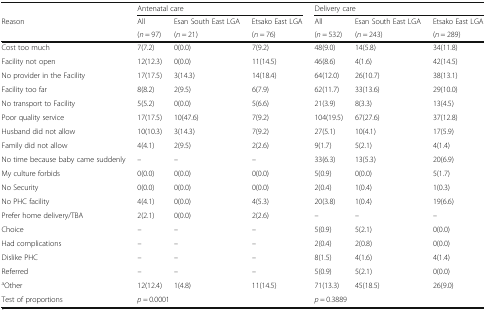
<table><thead><tr><td></td><td colspan="3"><b>Antenatal care</b></td><td colspan="3"><b>Delivery care</b></td></tr><tr><td rowspan="2"><b>Reason</b></td><td><b>All</b></td><td><b>Esan South East LGA</b></td><td><b>Etsako East LGA</b></td><td><b>All</b></td><td><b>Esan South East LGA</b></td><td><b>Etsako East LGA</b></td></tr><tr><td><b>(<i>n</i> = 97)</b></td><td><b>(<i>n</i> = 21)</b></td><td><b>(<i>n</i> = 76)</b></td><td><b>(<i>n</i> = 532)</b></td><td><b>(<i>n</i> = 243)</b></td><td><b>(<i>n</i> = 289)</b></td></tr></thead><tbody><tr><td>Cost too much</td><td>7(7.2)</td><td>0(0.0)</td><td>7(9.2)</td><td>48(9.0)</td><td>14(5.8)</td><td>34(11.8)</td></tr><tr><td>Facility not open</td><td>12(12.3)</td><td>0(0.0)</td><td>11(14.5)</td><td>46(8.6)</td><td>4(1.6)</td><td>42(14.5)</td></tr><tr><td>No provider in the Facility</td><td>17(17.5)</td><td>3(14.3)</td><td>14(18.4)</td><td>64(12.0)</td><td>26(10.7)</td><td>38(13.1)</td></tr><tr><td>Facility too far</td><td>8(8.2)</td><td>2(9.5)</td><td>6(7.9)</td><td>62(11.7)</td><td>33(13.6)</td><td>29(10.0)</td></tr><tr><td>No transport to Facility</td><td>5(5.2)</td><td>0(0.0)</td><td>5(6.6)</td><td>21(3.9)</td><td>8(3.3)</td><td>13(4.5)</td></tr><tr><td>Poor quality service</td><td>17(17.5)</td><td>10(47.6)</td><td>7(9.2)</td><td>104(19.5)</td><td>67(27.6)</td><td>37(12.8)</td></tr><tr><td>Husband did not allow</td><td>10(10.3)</td><td>3(14.3)</td><td>7(9.2)</td><td>27(5.1)</td><td>10(4.1)</td><td>17(5.9)</td></tr><tr><td>Family did not allow</td><td>4(4.1)</td><td>2(9.5)</td><td>2(2.6)</td><td>9(1.7)</td><td>5(2.1)</td><td>4(1.4)</td></tr><tr><td>No time because baby came suddenly</td><td>–</td><td>–</td><td>–</td><td>33(6.3)</td><td>13(5.3)</td><td>20(6.9)</td></tr><tr><td>My culture forbids</td><td>0(0.0)</td><td>0(0.0)</td><td>0(0.0)</td><td>5(0.9)</td><td>0(0.0)</td><td>5(1.7)</td></tr><tr><td>No Security</td><td>0(0.0)</td><td>0(0.0)</td><td>0(0.0)</td><td>2(0.4)</td><td>1(0.4)</td><td>1(0.3)</td></tr><tr><td>No PHC facility</td><td>4(4.1)</td><td>0(0.0)</td><td>4(5.3)</td><td>20(3.8)</td><td>1(0.4)</td><td>19(6.6)</td></tr><tr><td>Prefer home delivery/TBA</td><td>2(2.1)</td><td>0(0.0)</td><td>2(2.6)</td><td>–</td><td>–</td><td>–</td></tr><tr><td>Choice</td><td>–</td><td>–</td><td>–</td><td>5(0.9)</td><td>5(2.1)</td><td>0(0.0)</td></tr><tr><td>Had complications</td><td>–</td><td>–</td><td>–</td><td>2(0.4)</td><td>2(0.8)</td><td>0(0.0)</td></tr><tr><td>Dislike PHC</td><td>–</td><td>–</td><td>–</td><td>8(1.5)</td><td>4(1.6)</td><td>4(1.4)</td></tr><tr><td>Referred</td><td>–</td><td>–</td><td>–</td><td>5(0.9)</td><td>5(2.1)</td><td>0(0.0)</td></tr><tr><td><sup>a</sup>Other</td><td>12(12.4)</td><td>1(4.8)</td><td>11(14.5)</td><td>71(13.3)</td><td>45(18.5)</td><td>26(9.0)</td></tr><tr><td>Test of proportions</td><td colspan="3"><i>p</i> = 0.0001</td><td colspan="3"><i>p</i> = 0.3889</td></tr></tbody></table>